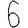
Digit: 6